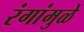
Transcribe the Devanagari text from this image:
रंगांमुळे